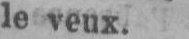
le veux.